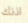
اذنك